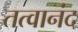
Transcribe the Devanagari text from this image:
तत्वानंद